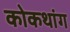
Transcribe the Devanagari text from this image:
कोकथांग